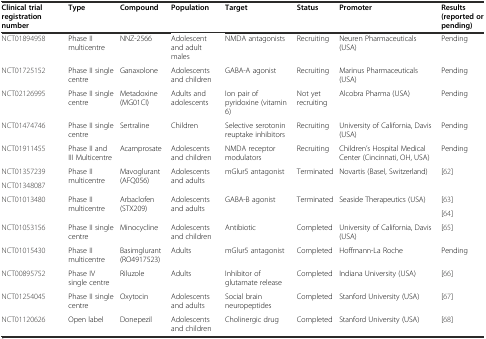
| Clinical trial registration number | Type | Compound | Population | Target | Status | Promoter | Results (reported or pending) |
 | --- | --- | --- | --- | --- | --- | --- | --- |
 | NCT01894958 | Phase II multicentre | NNZ-2566 | Adolescent and adult males | NMDA antagonists | Recruiting | Neuren Pharmaceuticals (USA) | Pending |
 | NCT01725152 | Phase II single centre | Ganaxolone | Adolescents and children | GABA-A agonist | Recruiting | Marinus Pharmaceuticals (USA) | Pending |
 | NCT02126995 | Phase II single centre | Metadoxine (MG01CI) | Adults and adolescents | Ion pair of pyridoxine (vitamin 6) | Not yet recruiting | Alcobra Pharma (USA) | Pending |
 | NCT01474746 | Phase II single centre | Sertraline | Children | Selective serotonin reuptake inhibitors | Recruiting | University of California, Davis (USA) | Pending |
 | NCT01911455 | Phase II and III Multicentre | Acamprosate | Adolescents and children | NMDA receptor modulators | Recruiting | Children’s Hospital Medical Center (Cincinnati, OH, USA) | Pending |
 | NCT01357239 | <ROWSPAN=2> Phase II multicentre | <ROWSPAN=2> Mavoglurant (AFQ056) | <ROWSPAN=2> Adolescents and adults | <ROWSPAN=2> mGlur5 antagonist | <ROWSPAN=2> Terminated | <ROWSPAN=2> Novartis (Basel, Switzerland) | <ROWSPAN=2> [62] |
 | NCT01348087 |
 | <ROWSPAN=2> NCT01013480 | <ROWSPAN=2> Phase II multicentre | <ROWSPAN=2> Arbaclofen (STX209) | <ROWSPAN=2> Adolescents and adults | <ROWSPAN=2> GABA-B agonist | <ROWSPAN=2> Terminated | <ROWSPAN=2> Seaside Therapeutics (USA) | [63] |
 | [64] |
 | NCT01053156 | Phase II single centre | Minocycline | Adolescents and children | Antibiotic | Completed | University of California, Davis (USA) | [65] |
 | NCT01015430 | Phase II multicentre | Basimglurant (RO4917523) | Adults | mGlur5 antagonist | Completed | Hoffmann-La Roche | Pending |
 | NCT00895752 | Phase IV single centre | Riluzole | Adults | Inhibitor of glutamate release | Completed | Indiana University (USA) | [66] |
 | NCT01254045 | Phase II single centre | Oxytocin | Adolescents and adults | Social brain neuropeptides | Completed | Stanford University (USA) | [67] |
 | NCT01120626 | Open label | Donepezil | Adolescents and children | Cholinergic drug | Completed | Stanford University (USA) | [68] |